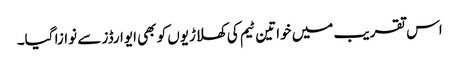
اس تقریب میں خواتین ٹیم کی کھلاڑیوں کو بھی ایوارڈز سے نوازا گیا۔